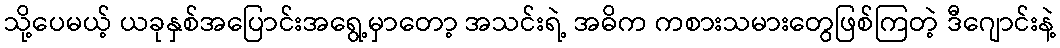
သို့ပေမယ့် ယခုနှစ်အပြောင်းအရွေ့မှာတော့ အသင်းရဲ့ အဓိက ကစားသမားတွေဖြစ်ကြတဲ့ ဒီဂျောင်းနဲ့